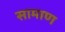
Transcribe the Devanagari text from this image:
सामाण